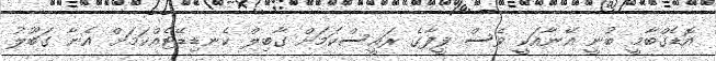
އޮޑެގްބާމީ ބުނީ އޭނާއަކީ ވެސް ފީފާގެ ރައީސްކަމަށް ގާބިލް ކެނޑިޑޭޓެއްކަމަށް އެނާ ގަބޫލު